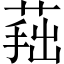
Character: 𦵛